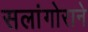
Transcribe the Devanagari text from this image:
सलांगोराने